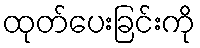
ထုတ်ပေးခြင်းကို